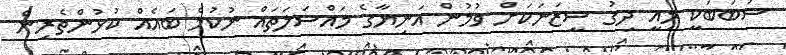
ސަބަބަކީ މިއީ ދިގު ސީޒަނަކަށް ވުމުން އަނިޔާގެ މައްސަލަތައް ނުކުމެ ބައެއް ކުޅުންތެރިން